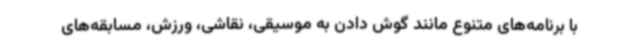
با برنامه‌های متنوع مانند گوش دادن به موسیقی، نقاشی، ورزش، مسابقه‌های